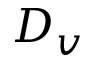
D _ { v }